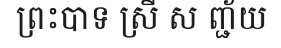
ព្រះបាទ ស្រី ស ញ្ជ័យ